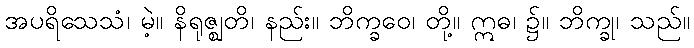
အပရိသေသံ၊ မဲ့။ နိရုဇ္ဈတိ၊ နည်း။ ဘိက္ခဝေ၊ တို့။ ဣဓ၊ ၌။ ဘိက္ခု၊ သည်။